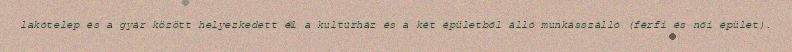
lakótelep és a gyár között helyezkedett el a kultúrház és a két épületből álló munkásszálló (férfi és női épület).